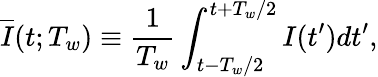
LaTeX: \overline{{I}}(t;T_{w})\equiv\frac{1}{T_{w}}\int_{t-T_{w}/2}^{t+T_{w}/2}I(t^{\prime})dt^{\prime},